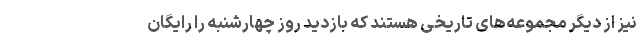
نیز از دیگر مجموعه‌های تاریخی هستند که بازدید روز چهارشنبه را رایگان